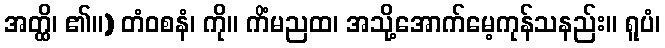
အတ္ထိ၊ ၏။) တံဝစနံ၊ ကို။ ကိံမညထ၊ အသို့အောက်မေ့ကုန်သနည်း။ ရူပံ၊